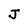
Character: J